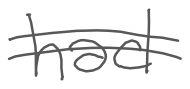
Text: had
Cross-out: double-line
Writing tool: digital_gray